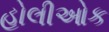
હોલીઓક